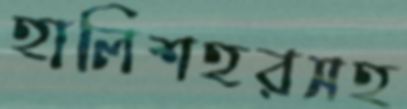
হালিশহরসহ